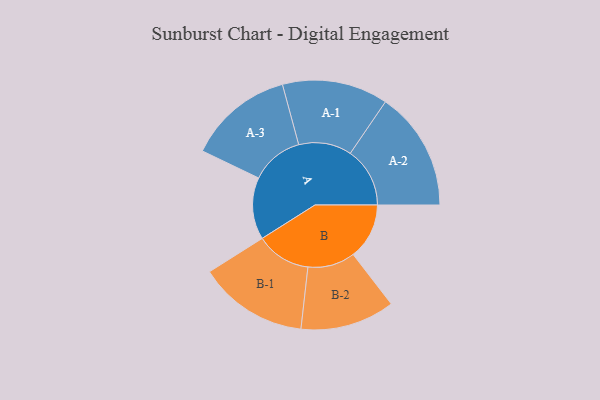
{"axis": {"x": "Segment", "y": "Value"}, "legend": ["", "A", "B"], "data": [{"x": "A", "y": 260, "type": ""}, {"x": "B", "y": 235, "type": ""}, {"x": "A-1", "y": 222, "type": "A"}, {"x": "A-2", "y": 250, "type": "A"}, {"x": "A-3", "y": 221, "type": "A"}, {"x": "B-1", "y": 230, "type": "B"}, {"x": "B-2", "y": 198, "type": "B"}]}